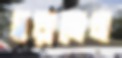
সরালেম